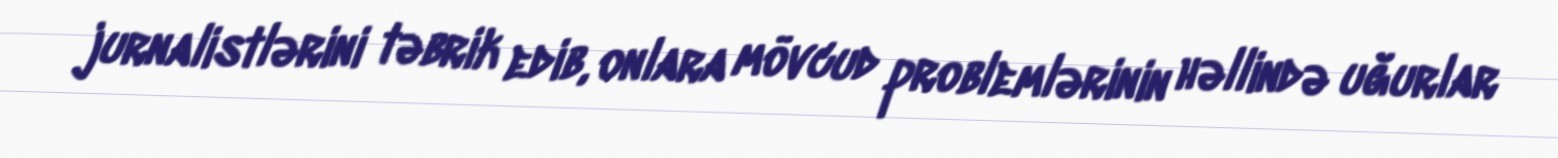
jurnalistlərini təbrik edib, onlara mövcud problemlərinin həllində uğurlar